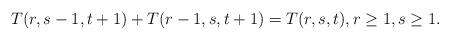
LaTeX: \begin{align*}T(r,s-1,t+1)+T(r-1,s,t+1)=T(r,s,t),r\ge 1, s\ge 1.\end{align*}